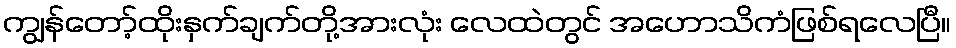
ကျွန်တော့်ထိုးနှက်ချက်တို့အားလုံး လေထဲတွင် အဟောသိကံဖြစ်ရလေပြီ။